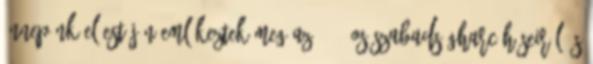
ünnepünk előestéjén emlékeztek meg az 1956-os szabadságharc hőseiről és